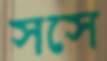
সসে